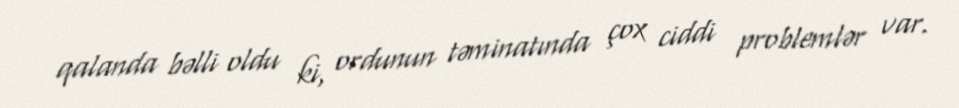
qalanda bəlli oldu ki, ordunun təminatında çox ciddi problemlər var.